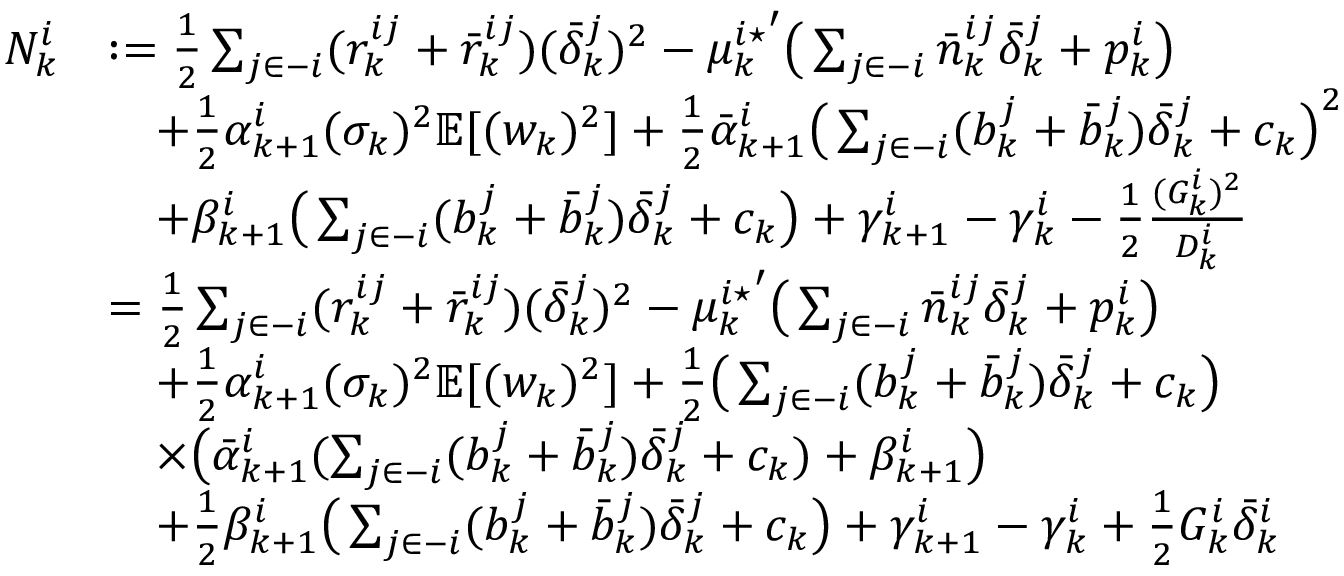
\begin{array} { r l } { N _ { k } ^ { i } } & { : = \frac { 1 } { 2 } \sum _ { j \in - i } ( r _ { k } ^ { i j } + \bar { r } _ { k } ^ { i j } ) ( \bar { \delta } _ { k } ^ { j } ) ^ { 2 } - { \mu _ { k } ^ { i \star } } ^ { \prime } \big ( \sum _ { j \in - i } \bar { n } _ { k } ^ { i j } \bar { \delta } _ { k } ^ { j } + p _ { k } ^ { i } \big ) } \\ & { \quad + \frac { 1 } { 2 } \alpha _ { k + 1 } ^ { i } ( \sigma _ { k } ) ^ { 2 } \mathbb { E } [ ( w _ { k } ) ^ { 2 } ] + \frac { 1 } { 2 } \bar { \alpha } _ { k + 1 } ^ { i } \big ( \sum _ { j \in - i } ( b _ { k } ^ { j } + \bar { b } _ { k } ^ { j } ) \bar { \delta } _ { k } ^ { j } + c _ { k } \big ) ^ { 2 } } \\ & { \quad + \beta _ { k + 1 } ^ { i } \big ( \sum _ { j \in - i } ( b _ { k } ^ { j } + \bar { b } _ { k } ^ { j } ) \bar { \delta } _ { k } ^ { j } + c _ { k } \big ) + \gamma _ { k + 1 } ^ { i } - \gamma _ { k } ^ { i } - \frac { 1 } { 2 } \frac { ( G _ { k } ^ { i } ) ^ { 2 } } { D _ { k } ^ { i } } } \\ & { = \frac { 1 } { 2 } \sum _ { j \in - i } ( r _ { k } ^ { i j } + \bar { r } _ { k } ^ { i j } ) ( \bar { \delta } _ { k } ^ { j } ) ^ { 2 } - { \mu _ { k } ^ { i \star } } ^ { \prime } \big ( \sum _ { j \in - i } \bar { n } _ { k } ^ { i j } \bar { \delta } _ { k } ^ { j } + p _ { k } ^ { i } \big ) } \\ & { \quad + \frac { 1 } { 2 } \alpha _ { k + 1 } ^ { i } ( \sigma _ { k } ) ^ { 2 } \mathbb { E } [ ( w _ { k } ) ^ { 2 } ] + \frac { 1 } { 2 } \big ( \sum _ { j \in - i } ( b _ { k } ^ { j } + \bar { b } _ { k } ^ { j } ) \bar { \delta } _ { k } ^ { j } + c _ { k } \big ) } \\ & { \quad \times \big ( \bar { \alpha } _ { k + 1 } ^ { i } ( \sum _ { j \in - i } ( b _ { k } ^ { j } + \bar { b } _ { k } ^ { j } ) \bar { \delta } _ { k } ^ { j } + c _ { k } ) + \beta _ { k + 1 } ^ { i } \big ) } \\ & { \quad + \frac { 1 } { 2 } \beta _ { k + 1 } ^ { i } \big ( \sum _ { j \in - i } ( b _ { k } ^ { j } + \bar { b } _ { k } ^ { j } ) \bar { \delta } _ { k } ^ { j } + c _ { k } \big ) + \gamma _ { k + 1 } ^ { i } - \gamma _ { k } ^ { i } + \frac { 1 } { 2 } G _ { k } ^ { i } \bar { \delta } _ { k } ^ { i } } \end{array}